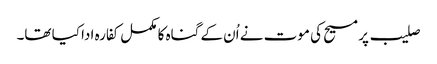
صلیب پر مسیح کی موت نے اُن کے گناہ کا مکمل کفارہ ادا کیا تھا۔